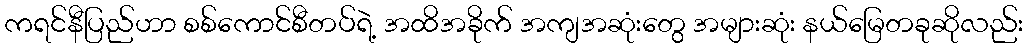
ကရင်နီပြည်ဟာ စစ်ကောင်စီတပ်ရဲ့ အထိအခိုက် အကျအဆုံးတွေ အများဆုံး နယ်မြေတခုဆိုလည်း